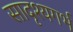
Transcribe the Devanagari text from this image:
सादृश्यगर्भ